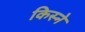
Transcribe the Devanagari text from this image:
किस्ने